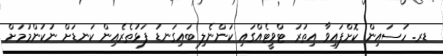
ޑރ. ހުސައިން ކޮށްފައިވާ އިތުރު ޓްވީޓެއްގައި ކަންނެލި ބައިގަނޑު ފަޅުތެރެއިން ކަނޑަށް ނުކުންމުމަށް